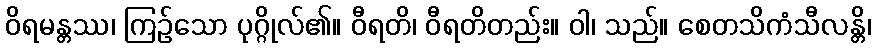
ဝိရမန္တဿ၊ ကြဉ်သော ပုဂ္ဂိုလ်၏။ ဝီရတိ၊ ဝီရတိတည်း။ ဝါ၊ သည်။ စေတသိကံသီလန္တိ၊